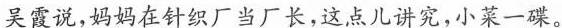
吴霞说，妈妈在针织厂当厂长，这点儿讲究，小菜-。